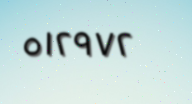
٥١٢٩٧٢